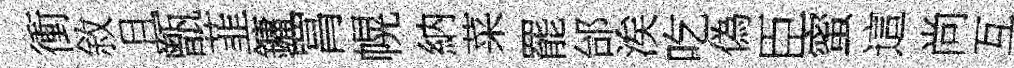
衝敘且甑韮鏞罥幌納菜罷邰涘吃偽臣蜜這尚互